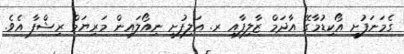
ގެމަނަފުށީ އޯކިޑުމާގޭ އާދަމް ޒާލިފާއި ރ. އަލިފުށީ ނިއޯލައިން މަރިޔަމް ރިޝްފާ އެވެ.